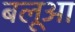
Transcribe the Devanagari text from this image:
बलूआ